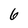
Character: 6